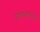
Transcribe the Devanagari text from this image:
पाठेडयमाशयो